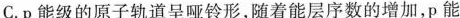
C.p能级的原子轨道呈哑铃形，随着能层序数的增加，p能